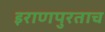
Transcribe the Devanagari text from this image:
इराणपुरताच